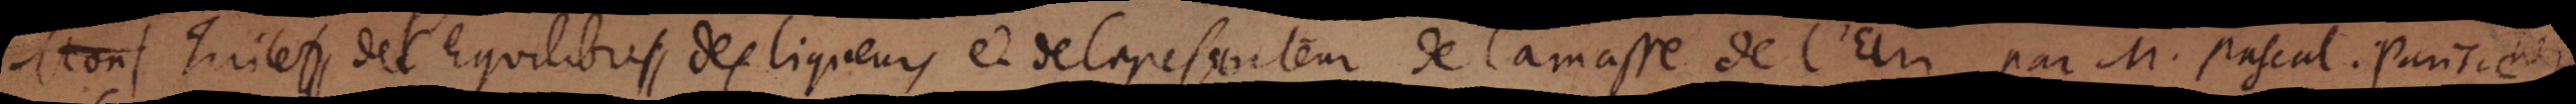
Traité de l’Equilibre, des liqueurs et de la pesanteur de la masse de l’air par M. Pascal. Paris chez